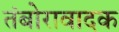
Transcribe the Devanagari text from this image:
तंबोरावादक